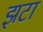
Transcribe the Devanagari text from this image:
झटा